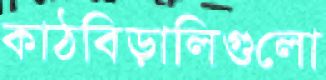
কাঠবিড়ালিগুলো